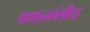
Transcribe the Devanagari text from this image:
प्रधानमंत्रीय